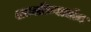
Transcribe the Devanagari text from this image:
शल्यक्रियाधीन